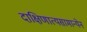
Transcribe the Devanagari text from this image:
दाक्षिणात्यसामान्येन